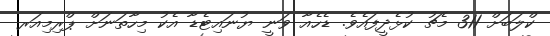
ކްލަބަށް 311 މެޗު ކުޅެދީފައެވެ. ޑެހެއާ ވަނީ ޔުނައިޓެޑާ އެކު މިހާތަނަށް ޕްރިމިއަރ